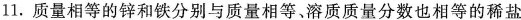
1.质量相等的锌和铁分别与质量相等、溶质质量分数也相等的稀盐